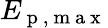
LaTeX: E_{\mathrm{~p~,~m~a~x~}}